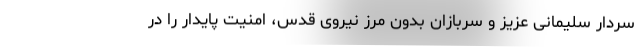
سردار سلیمانی عزیز و سربازان بدون مرز نیروی قدس، امنیت پایدار را در